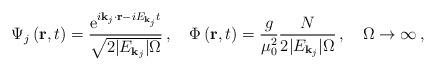
LaTeX: \begin{align*}\Psi_j\left({\bf r},t\right)=\frac{{\rm e}^{i{\bf k}_j\cdot{\bf r}-iE_{{\bf k}_j}t}}{\sqrt{2\vert E_{{\bf k}_j}\vert\Omega}}\,,\quad \Phi\left({\bf r},t\right)=\frac{g}{\mu_0^2}\frac{N}{2\vert E_{{\bf k}_j}\vert\Omega}\,,\quad\Omega\rightarrow\infty\,,\end{align*}